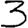
Digit: 3